Indian journal of veterinary science and animal husbandry - Volume 11,
Year: 1941
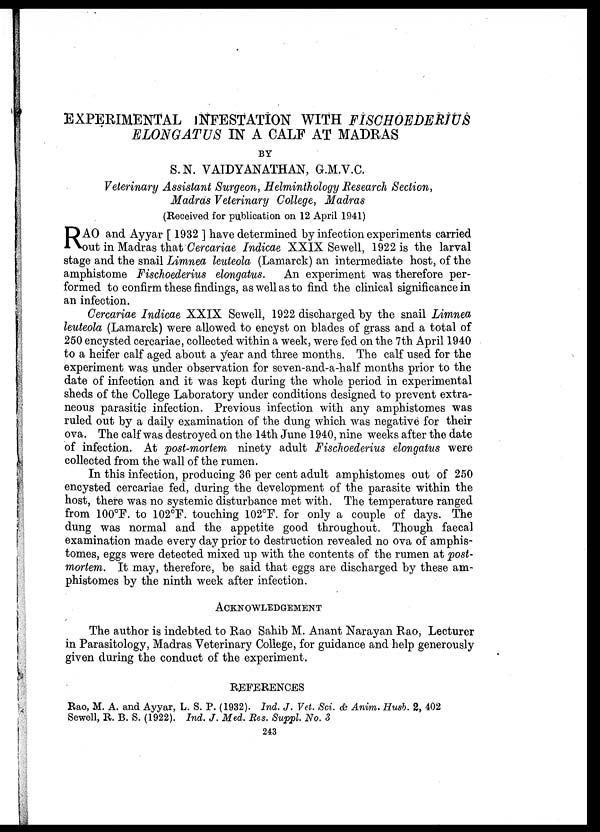
EXPERIMENTAL INFESTATION WITH FISCHOEDERIUS
ELONGATUS IN A CALF AT MADRAS
BY
S.N. VAIDYANATHAN, G.M.V.C.
Veterinary Assistant Surgeon, Helminthology Research Section,
Madras Veterinary College, Madras
(Received for publication on 12 April 1941)
R AO and Ayyar [ 1932 ] have determined by infection experiments carried
out in Madras that Cercariae Indicae XXIX Sewell, 1922 is the larval
stage and the snail Limnea leuteola (Lamarck) an intermediate host, of the
amphistome Fischoederius elongatus. An experiment was therefore per-
formed to confirm these findings, as well as to find the clinical significance in
an infection.
Cercariae Indicae XXIX Sewell, 1922 discharged by the snail Limnea
leuteola (Lamarck) were allowed to encyst on blades of grass and a total of
250 encysted cercariae, collected within a week, were fed on the 7th April 1940
to a heifer calf aged about a year and three months. The calf used for the
experiment was under observation for seven-and-a-half months prior to the
date of infection and it was kept during the whole period in experimental
sheds of the College Laboratory under conditions designed to prevent extra-
neous parasitic infection. Previous infection with any amphistomes was
ruled out by a daily examination of the dung which was negative for their
ova. The calf was destroyed on the 14th June 1940, nine weeks after the date
of infection. At post-mortem ninety adult Fischoederius elongatus were
collected from the wall of the rumen.
In this infection, producing 36 per cent adult amphistomes out of 250
encysted cercariae fed, during the development of the parasite within the
host, there was no systemic disturbance met with. The temperature ranged
from 100°F. to 102°F. touching 102°F. for only a couple of days. The
dung was normal and the appetite good throughout. Though faecal
examination made every day prior to destruction revealed no ova of amphis-
tomes, eggs were detected mixed up with the contents of the rumen at post-
mortem. It may, therefore, be said that eggs are discharged by these am-
phistomes by the ninth week after infection.
ACKNOWLEDGEMENT
The author is indebted to Rao Sahib M. Anant Narayan Rao, Lecturer
in Parasitology, Madras Veterinary College, for guidance and help generously
given during the conduct of the experiment.
REFERENCES
Rao, M. A. and Ayyar, L. S. P. (1932). Ind. J. Vet. Sci. & Anim. Husb. 2, 402
Sewell, R. B. S. (1922). Ind. J. Med. Res. Suppl. No. 3
243